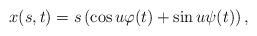
LaTeX: \begin{align*}x(s,t)=s\left( \cos u\varphi (t)+\sin u\psi (t)\right) ,\end{align*}